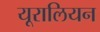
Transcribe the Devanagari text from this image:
यूरालियन